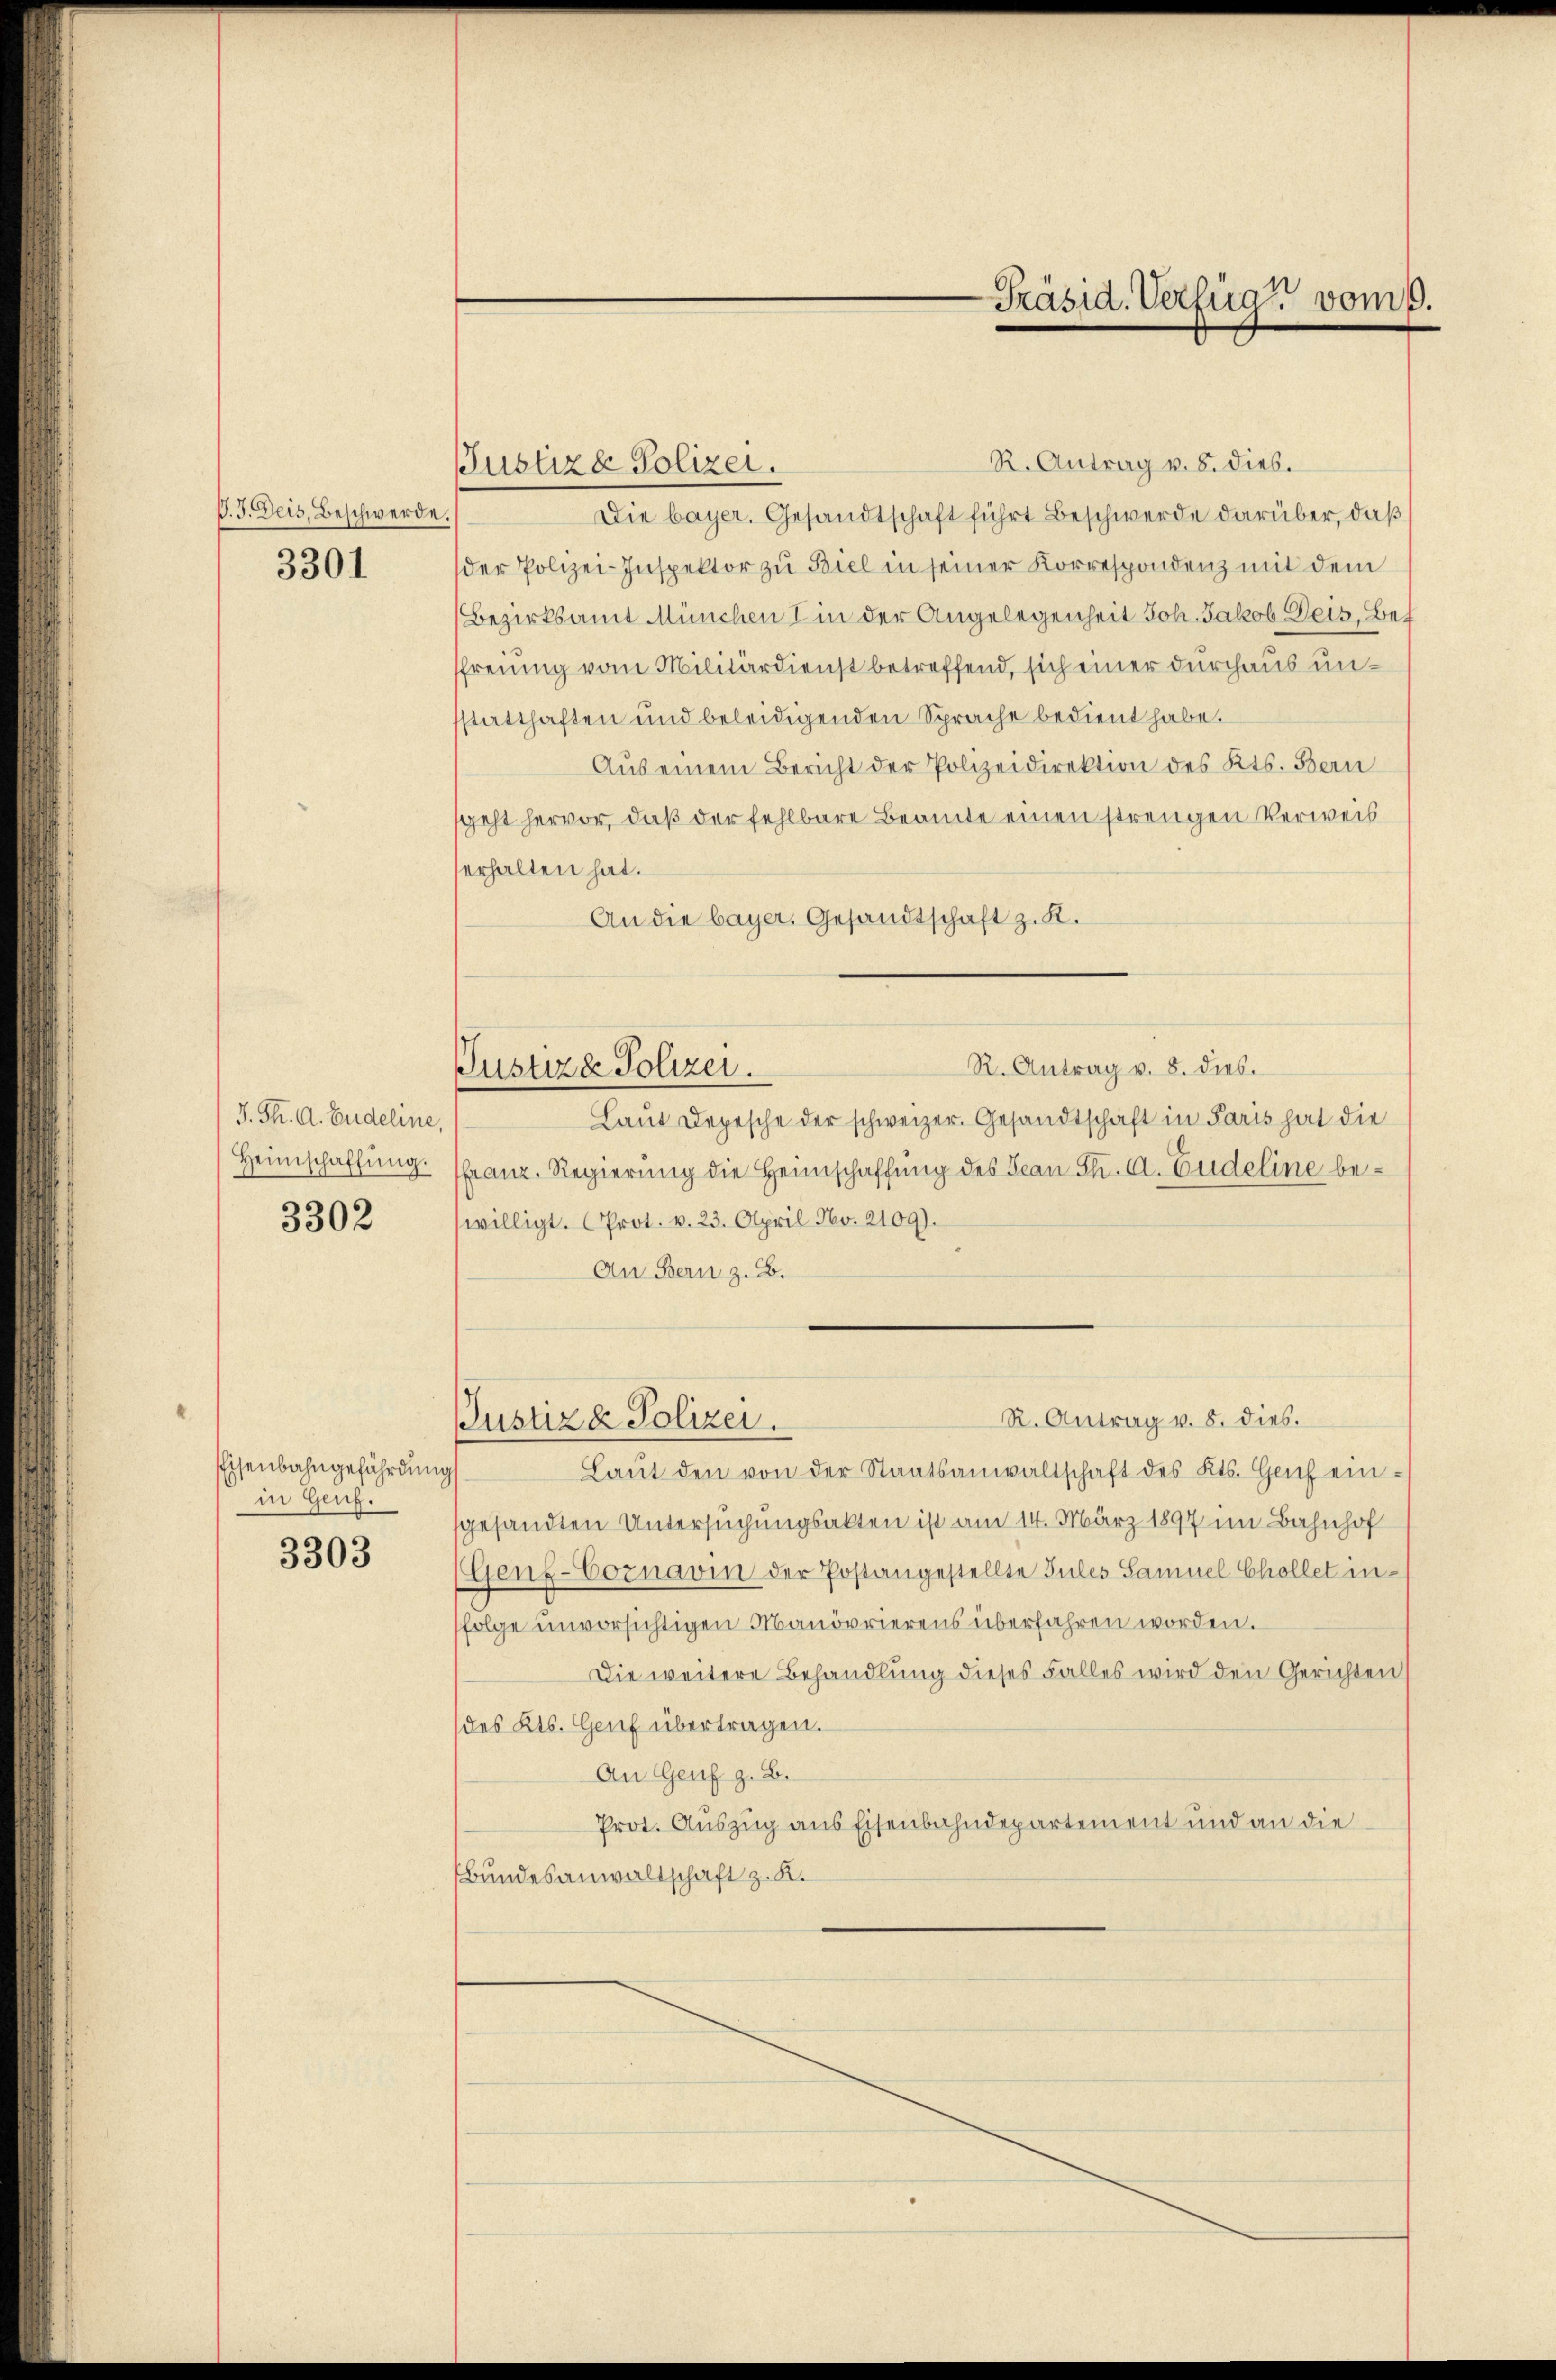
V. J. Deis, Beschwerde
3301

J. Th. A. Endeline,
Heimschaffung.
3302

Eisenbahngefährdungs
in Genf.

3303

Justiza Polizei.

R. Antrag v. 8. Dieb.
Die bayer. Gesandtschaft führt Beschwerde darüber, daß
der Polizei-Inspektor zŭ Biel in seiner Korrespondenz mit dem
Bezirksamt München I in der Angelegenheit Joh. Jakob Deis, Bet
sfreung vom Militärdienst betreffend, sich einer durchaus unsstatthaften und beleidigenden Sprache bedient habe.
Aus einem Bericht der Polizeidirektion des Kts. Bern
geht hervor, daß der fehlbare Beamte einen strengen Verweis
erhalten hat.
An die bayer. Gesandtschaft z. K.
R. Antrag v. 8. dies.
Laut Depesche der schweizer. Gesandtschaft in Paris hat die
franz. Regierung die Heimschaffung des Jean St. A. Eudeline bewilligt. Prot. v. 23. April No. 2109).
An Bern z. B.
R. Antrag v. 8. dies.
Justiz & Polizei.
Laŭt den von der Staatsanwaltschaft des Kts. Genf einsgesandten Untersuchungsakten ist am 14. März 1897 im Bahnhof
Gen-Cornavin der Postangestellte Zules Samuel Chollet in
folge unvorsichtigen Manövrierens überfahren worden.
Die weitere Behandlung dieses Falles wird den Gerichten
des Kts. Genf übertragen.
An Genf z. B.
Prot. Auszug aus Eisenbahndepartement und an die
Bundesanwaltschaft z. K.

Justiz & Polizei.

Präsid. Verfüg vom 9.